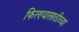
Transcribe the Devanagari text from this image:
फिरण्यासाठीच्या